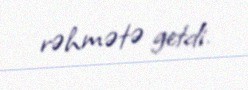
rəhmətə getdi.